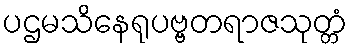
ပဌမသိနေရုပဗ္ဗတရာဇသုတ္တံ